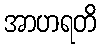
အာဟရတိ